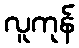
လူကုန်